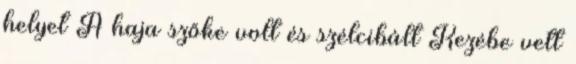
helyet A haja szőke volt és szélcibált Kezébe vett